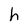
Character: h